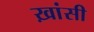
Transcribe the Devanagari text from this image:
ख़ांसी